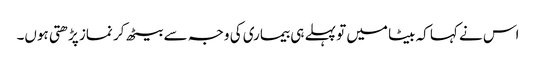
اس نے کہا کہ بیٹا میں تو پہلے ہی بیماری کی وجہ سے بیٹھ کر نماز پڑھتی ہوں۔